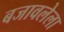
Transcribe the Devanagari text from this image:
बजावलेला